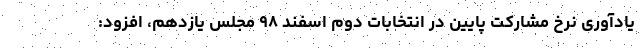
یادآوری نرخ مشارکت پایین در انتخابات دوم اسفند ۹۸ مجلس یازدهم، افزود: